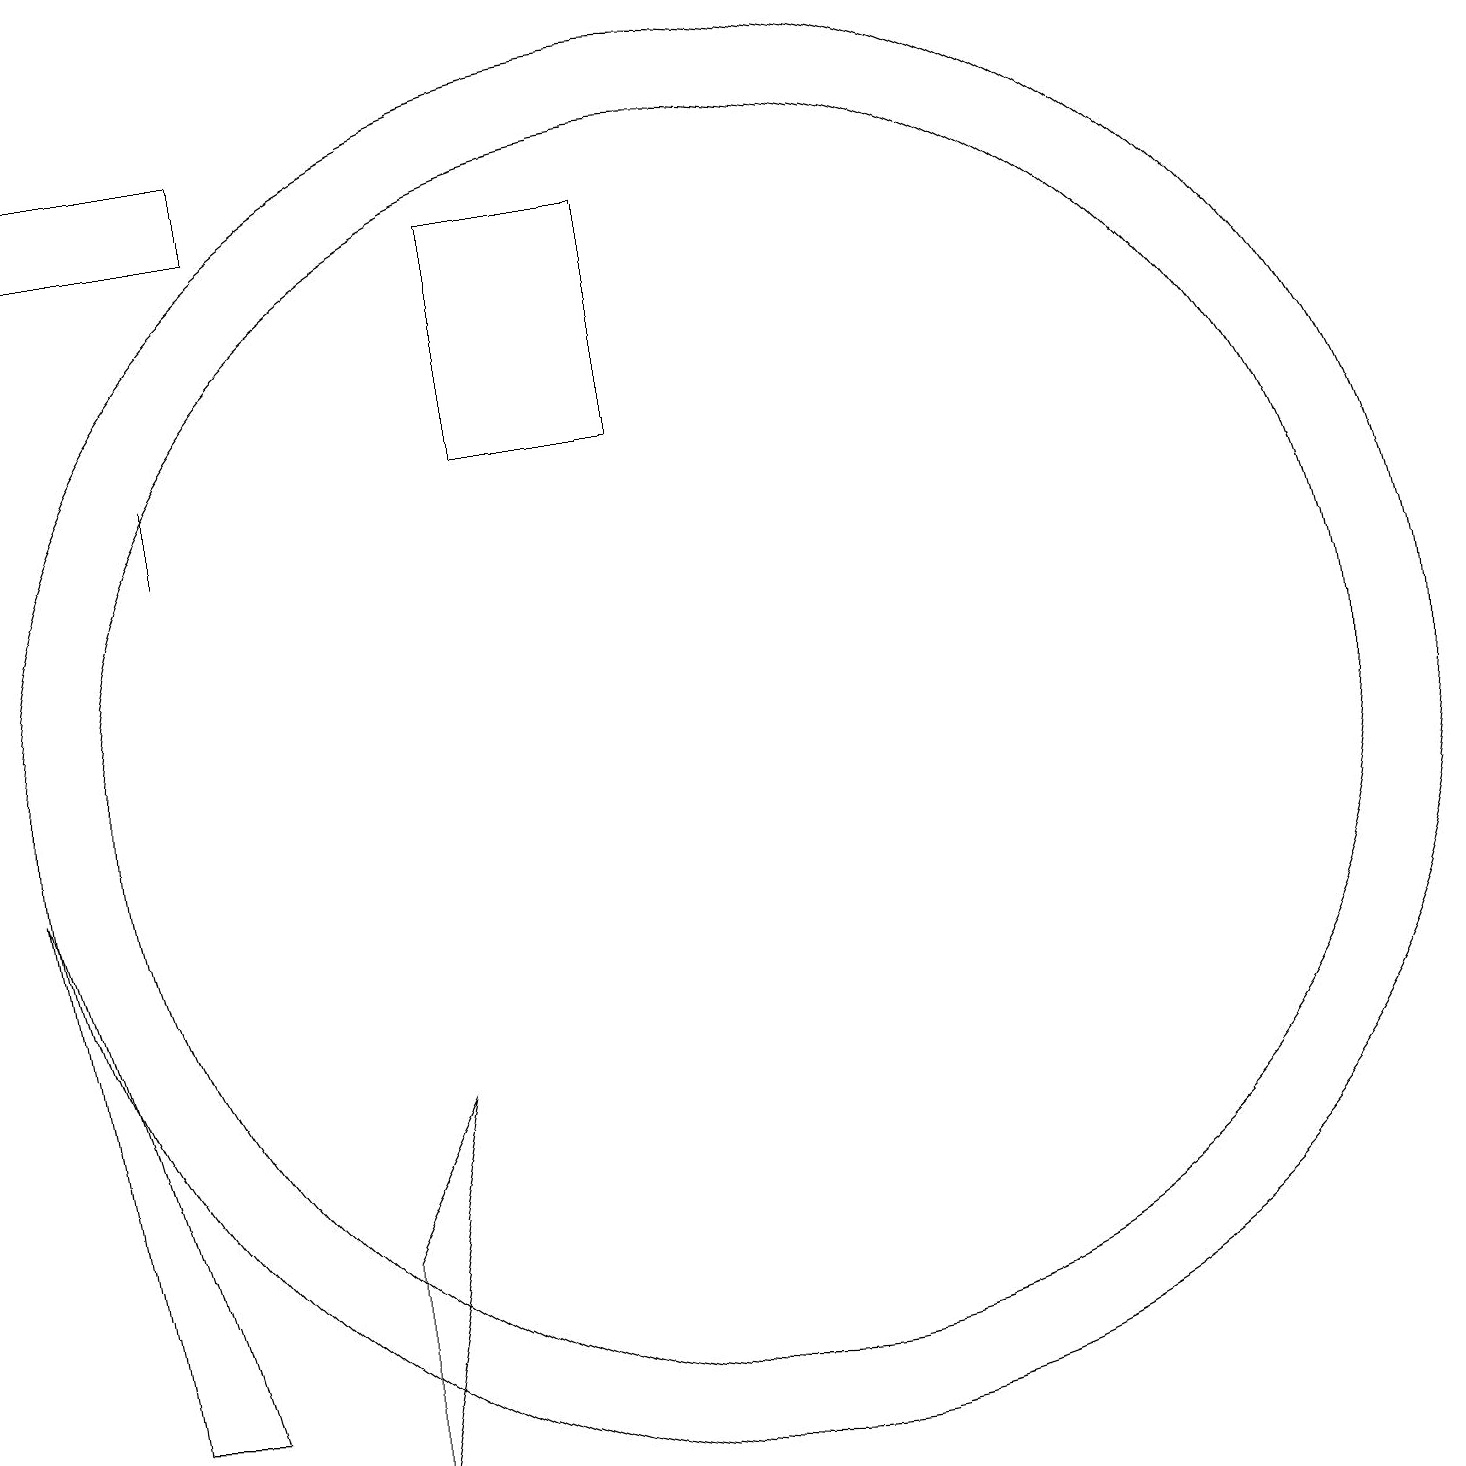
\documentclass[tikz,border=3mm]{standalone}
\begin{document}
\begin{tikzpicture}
\draw (6,6) -- (5,4) -- (5,1) -- cycle;
\draw (10,10) circle (9);
\draw (3,2) -- (1,9) -- (2,2) -- cycle;
\draw[->] (1,18) -- (2,19);
\draw (10,10) circle (8);
\draw (4,18) rectangle (1,17);
\draw (3,13) rectangle (3,14);
\draw (9,17) rectangle (7,14);
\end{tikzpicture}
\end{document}